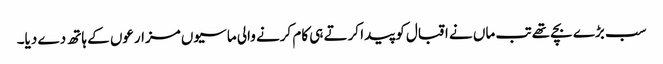
سب بڑے بچے تھے تب ماں نے اقبال کو پیدا کرتے ہی کام کرنے والی ماسیوں مزارعوں کے ہاتھ دے دیا۔